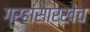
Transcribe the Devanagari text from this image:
ग्रहांसारखेच